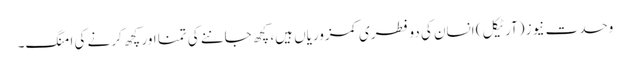
وحدت نیوز (آرٹیکل) انسان کی دو فطری کمزوریاں ہیں، کچھ جاننے کی تمنا اور کچھ کرنے کی امنگ۔